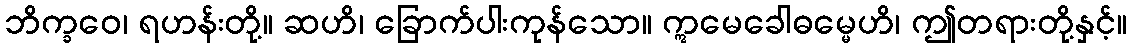
ဘိက္ခဝေ၊ ရဟန်းတို့။ ဆဟိ၊ ခြောက်ပါးကုန်သော။ ဣမေခေါဓမ္မေဟိ၊ ဤတရားတို့နှင့်။